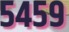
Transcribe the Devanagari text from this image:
५४५९